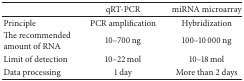
<table><thead><tr><td><b> </b></td><td><b>qRT-PCR</b></td><td><b>miRNA microarray</b></td></tr></thead><tbody><tr><td>Principle</td><td>PCR amplification</td><td>Hybridization</td></tr><tr><td>The recommended amount of RNA</td><td>10–700 ng</td><td>100–10 000 ng</td></tr><tr><td>Limit of detection</td><td>10–22 mol</td><td>10–18 mol</td></tr><tr><td>Data processing</td><td>1 day</td><td>More than 2 days</td></tr></tbody></table>